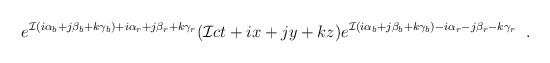
\begin{align*}e^{{\cal I}(i\alpha_{b}+j\beta_{b}+k\gamma_{b})+i\alpha_{r} +j\beta_{r} +k \gamma_{r}} ({\cal I}ct + ix+jy+kz)e^{{\cal I}(i\alpha_{b}+j\beta_{b}+k\gamma_{b})-i\alpha_{r} -j\beta_{r} -k \gamma_{r}} \; \; .\end{align*}